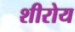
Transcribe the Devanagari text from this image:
शीरोय